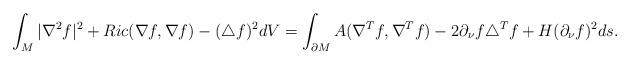
LaTeX: \begin{align*}\int_M |\nabla^2 f|^2+Ric(\nabla f,\nabla f)-(\triangle f)^2dV=\int_{\partial M} A(\nabla^Tf,\nabla^Tf)-2\partial_\nu f\triangle^T f+H(\partial_\nu f)^2ds.\end{align*}